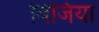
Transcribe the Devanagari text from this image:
विजिया